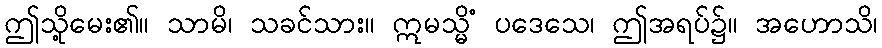
ဤသို့မေး၏။ သာမိ၊ သခင်သား။ ဣမသ္မိံ ပဒေသေ၊ ဤအရပ်၌။ အဟောသိ၊